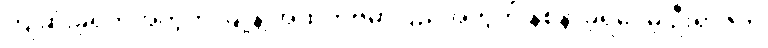
ကျဆုံးခဲ့ရတဲ့အတွက် မြို့နဲ့ အထက်ဗမာပြည်အတွက် နစ်နာခဲ့ရပေမဲ့ ဦးရာဇတ်